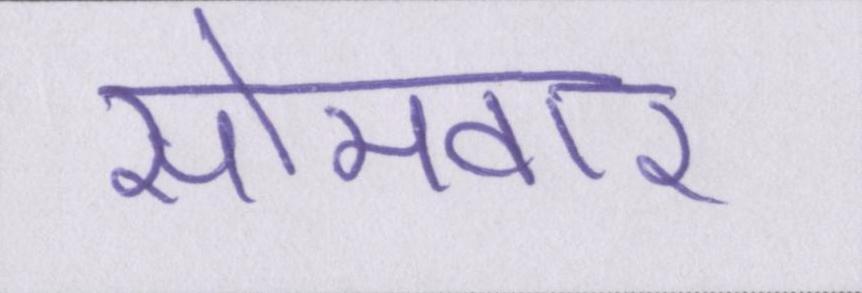
सोमवार